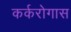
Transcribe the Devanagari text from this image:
कर्करोगास